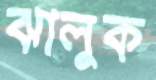
ঝালুক